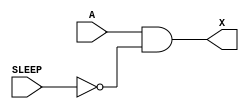
module sky130_fd_sc_lp__inputiso0p (
    X    ,
    A    ,
    SLEEP
);

    // Module ports
    output X    ;
    input  A    ;
    input  SLEEP;

    // Module supplies
    supply1 VPWR;
    supply0 VGND;
    supply1 VPB ;
    supply0 VNB ;

    // Local signals
    wire sleepn;

    //  Name  Output  Other arguments
    not not0 (sleepn, SLEEP          );
    and and0 (X     , A, sleepn      );

endmodule